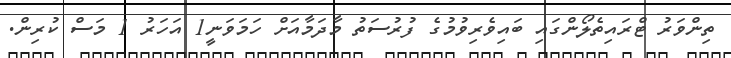
ތިންވަރު ޓްރައިތެލޯންގައި ބައިވެރިވުމުގެ ފުރުސަތު މާދަމާއަށް ހަމަވަނީ1 އަހަރު 1 މަސް ކުރިން.